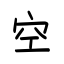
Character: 空